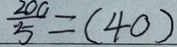
\frac { 2 0 0 } { 5 } = ( 4 0 )